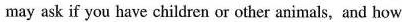
may ask if you have children or other animals,and how